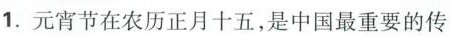
1.元宵节在农历正月十五，是中国最重要的传